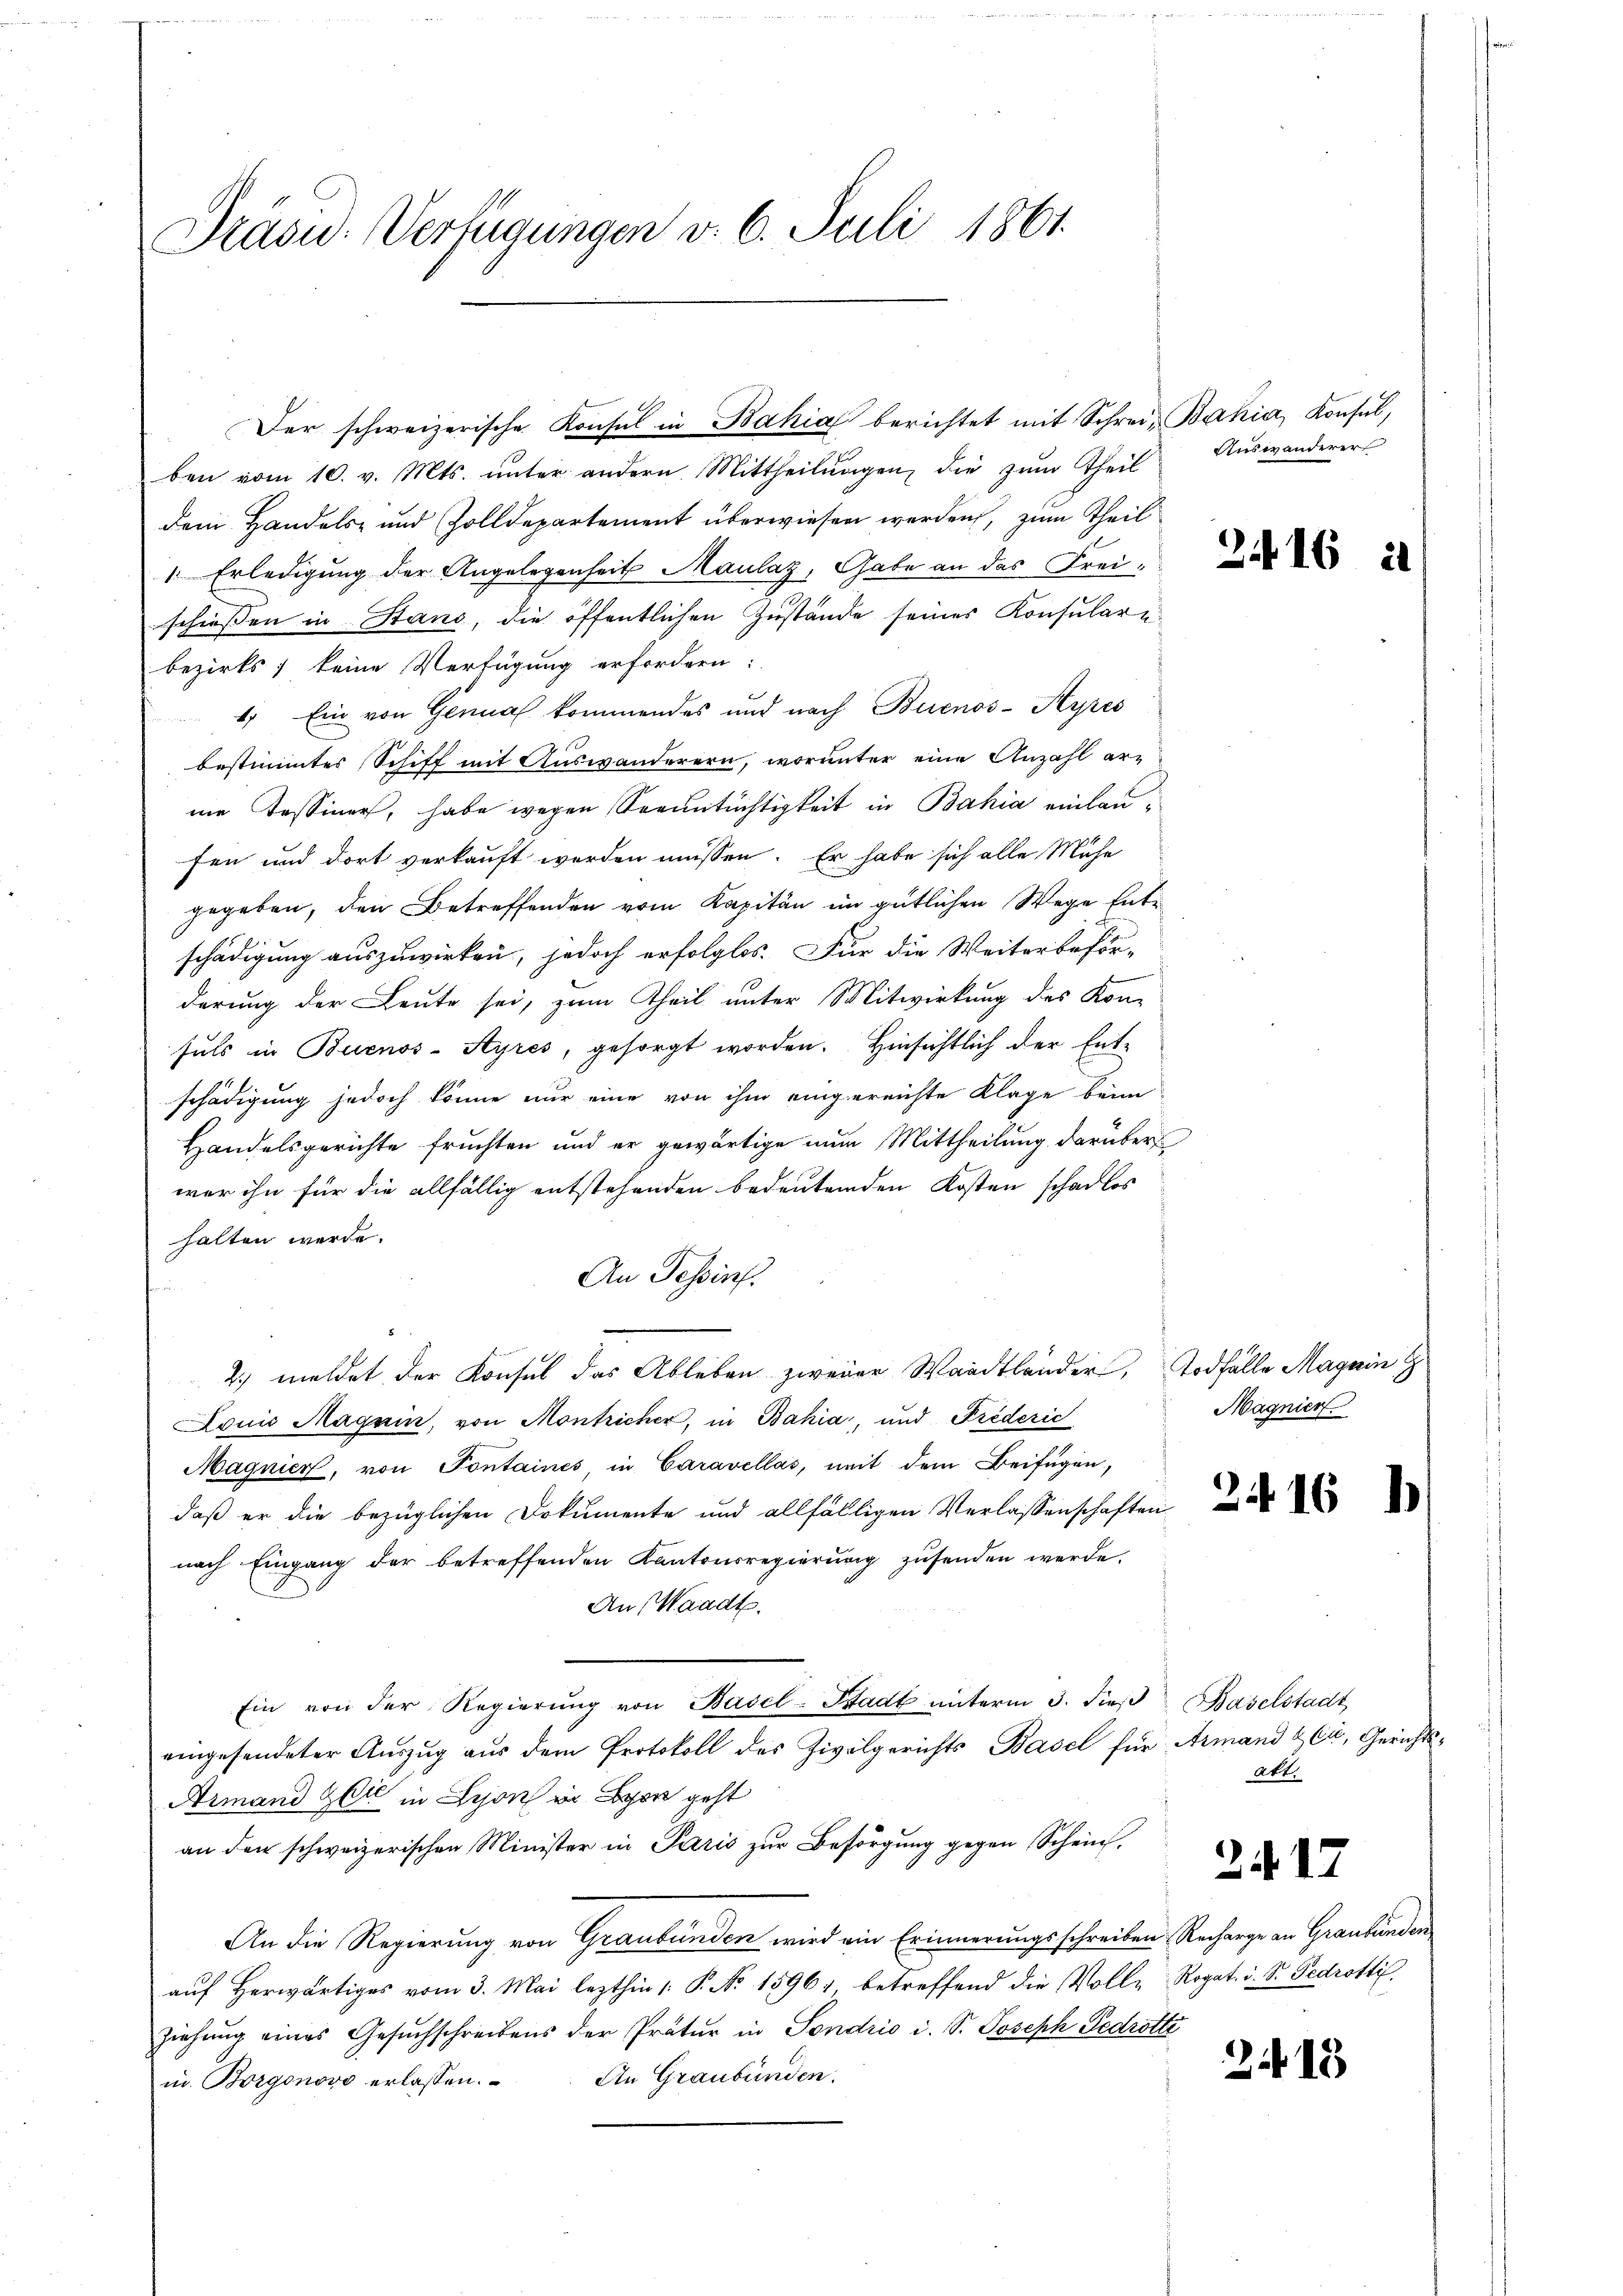
Präsid. Verfügungen v. 6. Juli 1861.

ben vom 10. v. Mts. ŭnter andern Mittheilŭngen die zŭm Theil
dem Handels- und Zolldepartement überwiesen werden, zum Theil
1. Erledigung der Angelegenheit Maulaz, Gabe an das Freischiessen in Stand, die öffentlichen Zustände seines Konsulare
bezirks, keine Verfügung erfordern:
1) Ein von Genual kommendes und nach Buenos-Ayres
bestimmtes Schiff mit Auswanderern, worunter eine Anzahl erne Tessiner, habe wegen Seeuntüchtigkeit in Bahia einlaufen und dort verkauft werden müssen. Er habe sich alle Mühe
gegeben, den Betreffenden vom Kapitän im gütlichen Wege Entschädigung auszuwirken, jedoch erfolglos. Für die Weiterbeför-
derung der Leute sei, zum Theil unter Mitwirkung des Kon-
suls in Buenos-Ayres, gesorgt worden. Hinsichtlich der Ent-
schädigung jedoch könne nur eine von ihm eingereichte Klage beim
Handelsgerichte fruchten und er gewärtige nun Mittheilung darüber
wer ihn für die allfällig entstehenden bedeutenden Kosten schadlos
halten werde.
An Tessin.
2) meldet der Konsul das Ableben zweier Waadtländer, Todfälle Magnin
Louis Magnin, von Montricher, in Bahia, und Frederic
Magnier, von Pontaines, in Caravellas, mit dem Beifügen,
daß er die bezüglichen Dokumente und allfälligen Verlassenschaften
nach Eingang der betreffenden Kantonsregierung zusenden werde.
An Waadt.
Ein von der Regierŭng von Basel-Stadt ŭnterm 3. dieβ Baselstadt
eingesendeter Auszug aus dem Protokoll des Zivilgerichts Basel für Armand & Cie, Gerichts¬
Armand Zeit in Lyon in Lyon geht
an den schweizerischen Minister in Paris zur Besorgung gegen Schein,
An die Regierung von Graubünden wird ein Erinnerungsschreiben Recharge an Graubünden
aŭf herwärtiges vom 3. Mai lezthin /: P. Nr. 1596, betreffend die Volle Rogat i. S. Pedrotti
ziehung eines Gesuchschreibens der Prätur in Sondrio i. S. Joseph Fedrötte
An Graubünden.
in Borgonovo erlassen.

Der schweizerische Konsul in Bahia berichtet mit Schrei-Bahia, Konsul,

Auswanderer

16

Magnier

att.

2417

2 18